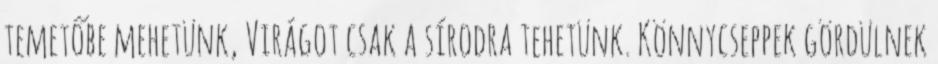
temetőbe mehetünk, Virágot csak a sírodra tehetünk. Könnycseppek gördülnek